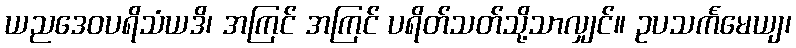
ယညဒေဝပရိသံယဒိ၊ အကြင် အကြင် ပရိတ်သတ်သို့သာလျှင်။ ဥပသင်္ကမေယျ၊